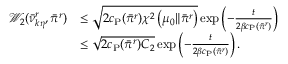
\begin{array} { r l } { \mathcal { W } _ { 2 } ( \Bar { \nu } _ { k \eta } ^ { r } , \Bar { \pi } ^ { r } ) } & { \le \sqrt { 2 c _ { \mathrm { P } } ( \Bar { \pi } ^ { r } ) \chi ^ { 2 } \left( \mu _ { 0 } \| \Bar { \pi } ^ { r } \right) } \exp \left( - \frac { t } { 2 \beta c _ { \mathrm { P } } ( \Bar { \pi } ^ { r } ) } \right) } \\ & { \le \sqrt { 2 c _ { \mathrm { P } } ( \Bar { \pi } ^ { r } ) C _ { 2 } } \exp \left( - \frac { t } { 2 \beta c _ { \mathrm { P } } ( \Bar { \pi } ^ { r } ) } \right) . } \end{array}